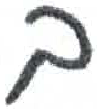
אות: ב